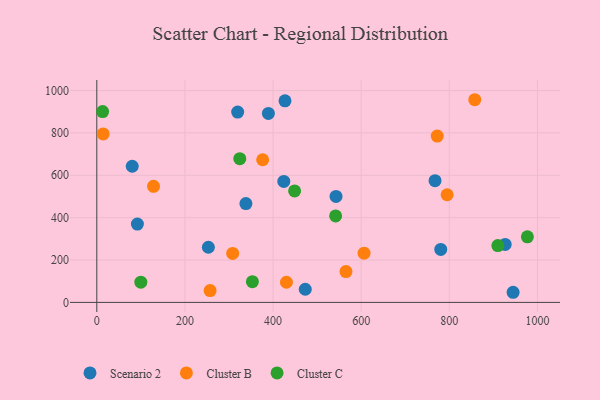
{"axis": {"x": "Distance", "y": "Demand"}, "legend": ["Cluster B", "Cluster C", "Scenario 2"], "data": [{"x": "253.2", "y": 260.3, "type": "Scenario 2"}, {"x": "542.9", "y": 500.0, "type": "Scenario 2"}, {"x": "424.4", "y": 571.0, "type": "Scenario 2"}, {"x": "427.1", "y": 951.6, "type": "Scenario 2"}, {"x": "92.1", "y": 369.7, "type": "Scenario 2"}, {"x": "767.6", "y": 574.5, "type": "Scenario 2"}, {"x": "473.1", "y": 62.1, "type": "Scenario 2"}, {"x": "319.7", "y": 898.2, "type": "Scenario 2"}, {"x": "338.4", "y": 466.4, "type": "Scenario 2"}, {"x": "926.8", "y": 273.7, "type": "Scenario 2"}, {"x": "944.8", "y": 47.8, "type": "Scenario 2"}, {"x": "780.6", "y": 249.9, "type": "Scenario 2"}, {"x": "80.4", "y": 642.6, "type": "Scenario 2"}, {"x": "389.4", "y": 891.9, "type": "Scenario 2"}, {"x": "565.5", "y": 145.4, "type": "Cluster B"}, {"x": "14.5", "y": 795.1, "type": "Cluster B"}, {"x": "606.5", "y": 232.5, "type": "Cluster B"}, {"x": "308.3", "y": 231.3, "type": "Cluster B"}, {"x": "772.6", "y": 785.0, "type": "Cluster B"}, {"x": "128.7", "y": 547.9, "type": "Cluster B"}, {"x": "857.8", "y": 956.6, "type": "Cluster B"}, {"x": "795.1", "y": 508.1, "type": "Cluster B"}, {"x": "430.4", "y": 95.0, "type": "Cluster B"}, {"x": "376.4", "y": 673.2, "type": "Cluster B"}, {"x": "257.1", "y": 55.9, "type": "Cluster B"}, {"x": "13.2", "y": 900.9, "type": "Cluster C"}, {"x": "542.0", "y": 408.1, "type": "Cluster C"}, {"x": "910.2", "y": 268.3, "type": "Cluster C"}, {"x": "324.5", "y": 678.2, "type": "Cluster C"}, {"x": "977.2", "y": 309.7, "type": "Cluster C"}, {"x": "353.1", "y": 97.7, "type": "Cluster C"}, {"x": "448.9", "y": 526.0, "type": "Cluster C"}, {"x": "99.9", "y": 95.4, "type": "Cluster C"}]}